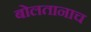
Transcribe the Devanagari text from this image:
बोलतानाच